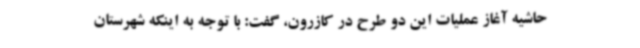
حاشیه آغاز عملیات این دو طرح در کازرون، گفت: با توجه به اینکه شهرستان